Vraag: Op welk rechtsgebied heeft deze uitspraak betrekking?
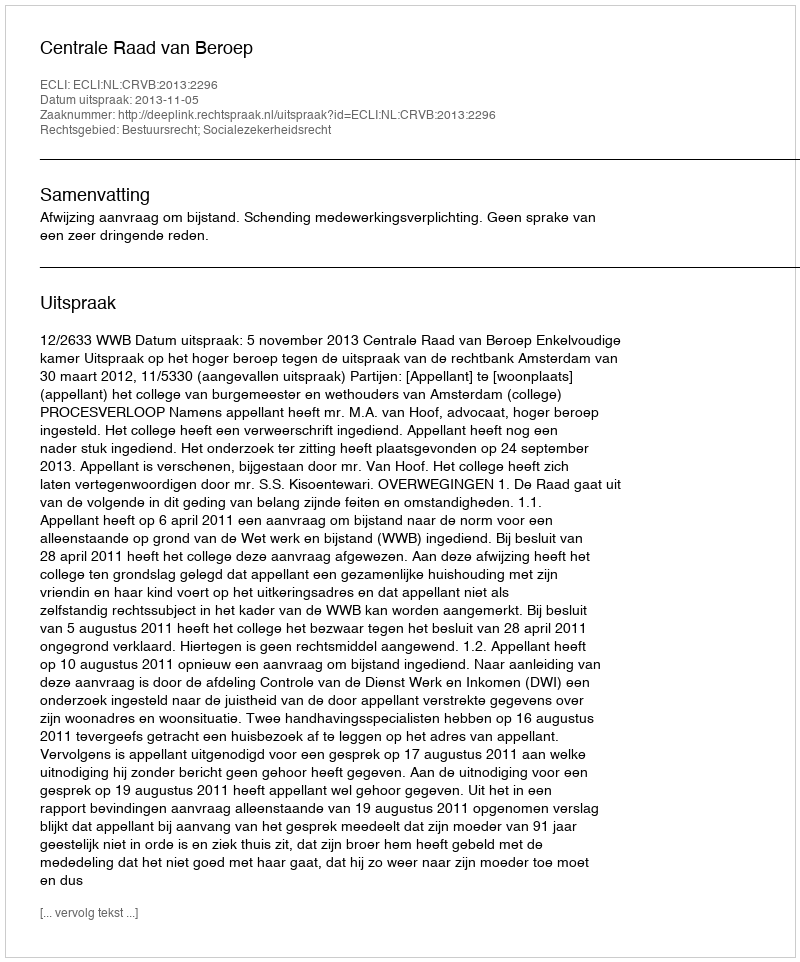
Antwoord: Bestuursrecht; Socialezekerheidsrecht